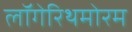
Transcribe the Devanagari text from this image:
लॉगेरिथमोरम